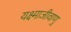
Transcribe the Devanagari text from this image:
यक्ष्माजीवाणु